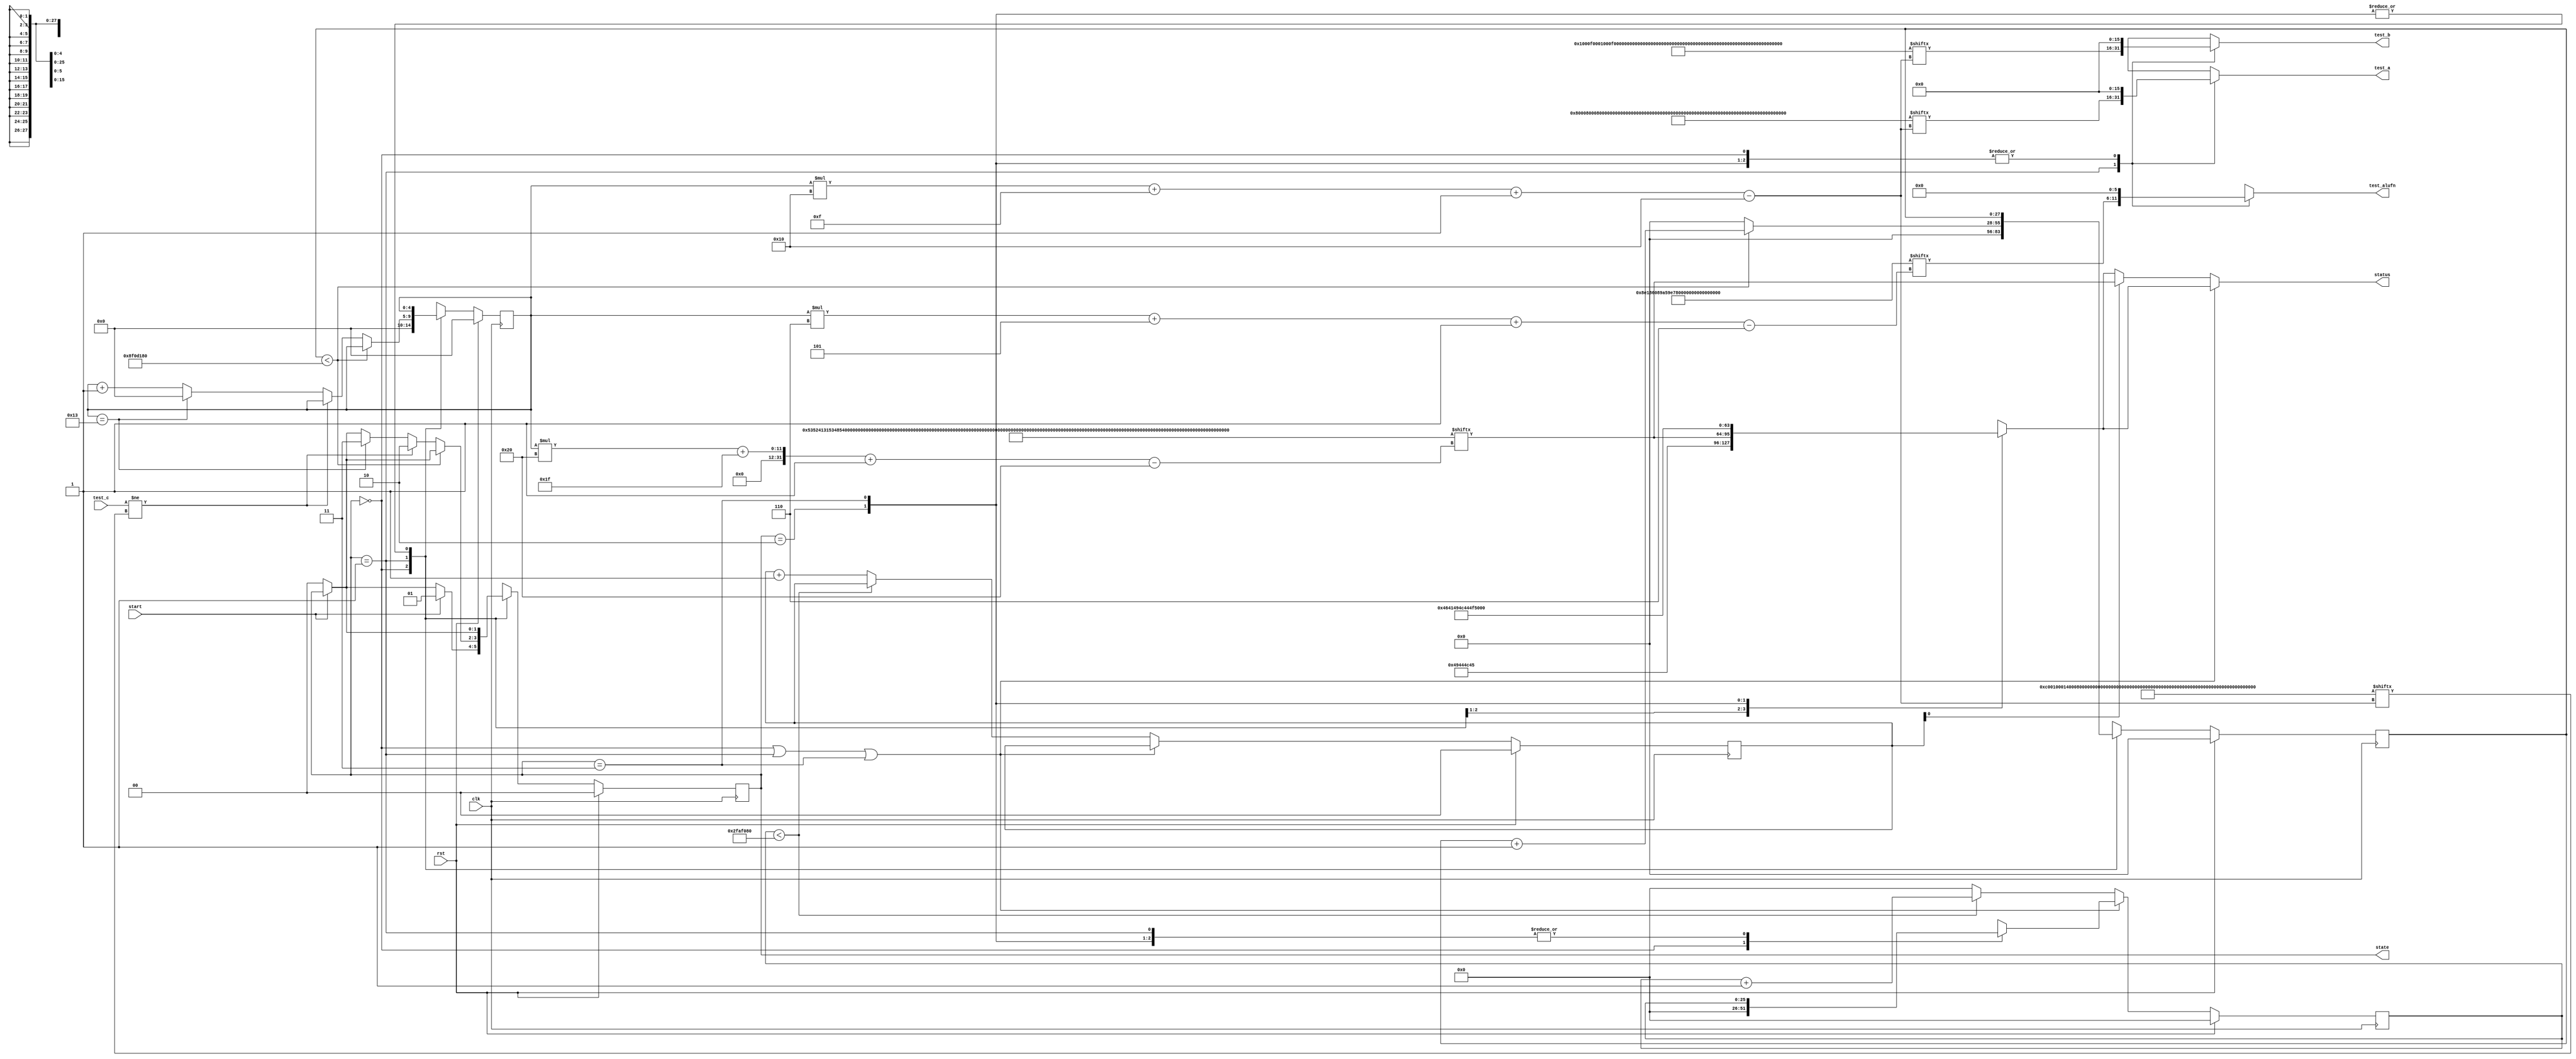
/*
   This file was generated automatically by the Mojo IDE version B1.3.6.
   Do not edit this file directly. Instead edit the original Lucid source.
   This is a temporary file and any changes made to it will be destroyed.
*/

/*
   Parameters:
     NUM_TEST_CASES = 20
     TEST_NAME = TestCasesROM.ALU_FAIL_NAME
     TEST_A = TestCasesROM.ALU_FAIL_A
     TEST_B = TestCasesROM.ALU_FAIL_B
     TEST_ALUFN = TestCasesROM.ALU_FAIL_ALUFN
     TEST_C = TestCasesROM.ALU_FAIL_C
     BYPASS_FAIL = 0
     NUM_TEST_SECS = 3
     NUM_FAIL_SECS = 1
     NUM_FAIL_BLINKS = 2
*/
module basic_tester_21 (
    input clk,
    input rst,
    input start,
    input [15:0] test_c,
    output reg [15:0] test_a,
    output reg [15:0] test_b,
    output reg [5:0] test_alufn,
    output reg [1:0] state,
    output reg [31:0] status
  );
  
  localparam NUM_TEST_CASES = 5'h14;
  localparam TEST_NAME = 640'h53524131534852325348523153484c3253484c3120204132584f5232204f5232204f5231414e4431204c4531204c5432204c543120455132204551314e4e554c53554232535542314144443241444431;
  localparam TEST_A = 320'h800080008000000100010101d524ffff88804789000b001f000b001f000b041affff0001ffff0001;
  localparam TEST_B = 320'h0001000f0001000f00017397ffe7200a99491a0e001f000b001f000b001f07d0ffff0001ffff0001;
  localparam TEST_ALUFN = 120'h8e186089a59e799df5d73c82041010;
  localparam TEST_C = 320'hc001000140008000000201002ac3ffff99c90208000000000001000000000b2100000000fffe0002;
  localparam BYPASS_FAIL = 1'h0;
  localparam NUM_TEST_SECS = 2'h3;
  localparam NUM_FAIL_SECS = 1'h1;
  localparam NUM_FAIL_BLINKS = 2'h2;
  
  
  localparam NUM_TEST_TIMER_CYCLES = 28'h8f0d180;
  
  localparam NUM_FAIL_TIMER_CYCLES = 26'h2faf080;
  
  reg [31:0] next_status;
  
  reg [27:0] M_display_test_timer_d, M_display_test_timer_q = 1'h0;
  reg [25:0] M_display_fail_timer_d, M_display_fail_timer_q = 1'h0;
  reg [1:0] M_fail_blink_ctr_d, M_fail_blink_ctr_q = 1'h0;
  reg [4:0] M_tester_ctr_d, M_tester_ctr_q = 1'h0;
  localparam IDLE_tester_state = 2'd0;
  localparam TEST_tester_state = 2'd1;
  localparam FAIL_tester_state = 2'd2;
  localparam DONE_tester_state = 2'd3;
  
  reg [1:0] M_tester_state_d, M_tester_state_q = IDLE_tester_state;
  
  always @* begin
    M_tester_state_d = M_tester_state_q;
    M_display_fail_timer_d = M_display_fail_timer_q;
    M_display_test_timer_d = M_display_test_timer_q;
    M_fail_blink_ctr_d = M_fail_blink_ctr_q;
    M_tester_ctr_d = M_tester_ctr_q;
    
    status = 32'h00000000;
    test_a = 1'h0;
    test_b = 1'h0;
    test_alufn = 1'h0;
    if (!start) begin
      M_tester_state_d = IDLE_tester_state;
    end
    state = M_tester_state_q;
    next_status = 32'h4e554c4c;
    
    case (M_tester_state_q)
      IDLE_tester_state: begin
        M_display_test_timer_d = 1'h0;
        M_display_fail_timer_d = 1'h0;
        M_tester_ctr_d = 1'h0;
        next_status = 32'h49444c45;
        if (start) begin
          M_tester_state_d = TEST_tester_state;
        end
      end
      TEST_tester_state: begin
        next_status = TEST_NAME[(M_tester_ctr_q)*32+31-:32];
        test_a = TEST_A[(M_tester_ctr_q)*16+15-:16];
        test_b = TEST_B[(M_tester_ctr_q)*16+15-:16];
        test_alufn = TEST_ALUFN[(M_tester_ctr_q)*6+5-:6];
        if (M_display_test_timer_q < 28'h8f0d180) begin
          M_display_test_timer_d = M_display_test_timer_q + 1'h1;
        end else begin
          M_display_test_timer_d = 1'h0;
          if (test_c != TEST_C[(M_tester_ctr_q)*16+15-:16]) begin
            M_tester_state_d = FAIL_tester_state;
          end else begin
            if (M_tester_ctr_q == 6'h13) begin
              M_tester_state_d = DONE_tester_state;
              M_tester_ctr_d = 1'h0;
            end else begin
              M_tester_ctr_d = M_tester_ctr_q + 1'h1;
            end
          end
        end
      end
      FAIL_tester_state: begin
        next_status = 32'h4641494c;
      end
      DONE_tester_state: begin
        next_status = 32'h444f4e45;
      end
    endcase
    if (M_tester_state_q == IDLE_tester_state | M_tester_state_q == TEST_tester_state | M_tester_state_q == DONE_tester_state) begin
      status = next_status;
    end else begin
      if (~M_fail_blink_ctr_q[0+0-:1]) begin
        status = next_status;
      end else begin
        status = TEST_NAME[(M_tester_ctr_q)*32+31-:32];
      end
      if (M_display_fail_timer_q < 26'h2faf080) begin
        M_display_fail_timer_d = M_display_fail_timer_q + 1'h1;
      end else begin
        M_display_fail_timer_d = 1'h0;
        if (1'h1) begin
          M_fail_blink_ctr_d = M_fail_blink_ctr_q + 1'h1;
        end else begin
          if (M_fail_blink_ctr_q < 5'h03) begin
            M_fail_blink_ctr_d = M_fail_blink_ctr_q + 1'h1;
          end else begin
            M_fail_blink_ctr_d = 1'h0;
            if (M_tester_ctr_q < 6'h13) begin
              M_tester_state_d = TEST_tester_state;
              M_tester_ctr_d = M_tester_ctr_q + 1'h1;
            end else begin
              M_tester_state_d = DONE_tester_state;
              M_tester_ctr_d = 1'h0;
            end
          end
        end
      end
    end
  end
  
  always @(posedge clk) begin
    if (rst == 1'b1) begin
      M_display_test_timer_q <= 1'h0;
      M_display_fail_timer_q <= 1'h0;
      M_fail_blink_ctr_q <= 1'h0;
      M_tester_ctr_q <= 1'h0;
      M_tester_state_q <= 1'h0;
    end else begin
      M_display_test_timer_q <= M_display_test_timer_d;
      M_display_fail_timer_q <= M_display_fail_timer_d;
      M_fail_blink_ctr_q <= M_fail_blink_ctr_d;
      M_tester_ctr_q <= M_tester_ctr_d;
      M_tester_state_q <= M_tester_state_d;
    end
  end
  
endmodule